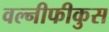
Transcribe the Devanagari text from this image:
वल्नीफीकुस